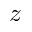
z